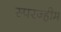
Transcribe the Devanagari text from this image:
स्परज्हीम